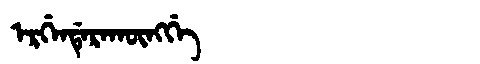
Manchu: ᡝᡵᡤᡝᠨᡩᡝᡵᠠᡴᡡᠩᡤᡝ
Romanization: ERGENDERAKŪNGGE